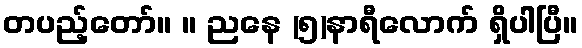
တပည့်တော်။ ။ ညနေ (၅)နာရီလောက် ရှိပါပြီ။